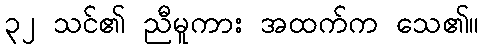
၃၂ သင်၏ ညီမူကား အထက်က သေ၏။